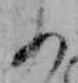
あ